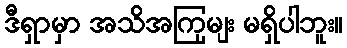
ဒီရှာမှာ အသိအကြှမျး မရှိပါဘူး။